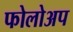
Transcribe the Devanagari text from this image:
फोलोअप